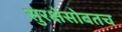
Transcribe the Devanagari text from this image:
सुरक्षेसोबतच